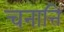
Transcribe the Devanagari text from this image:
चनात्ति